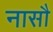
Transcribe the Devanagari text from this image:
नासौ